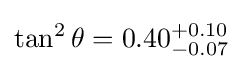
\tan ^{2}\theta =0.40_{-0.07}^{+0.10}